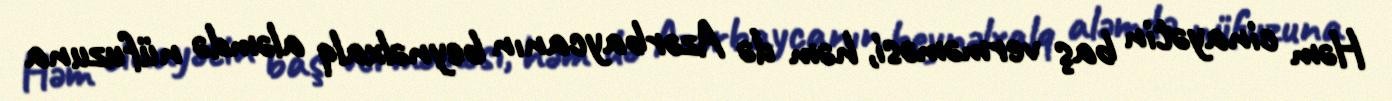
Həm cinayətin baş verməməsi, həm də Azərbaycanın beynəlxalq aləmdə nüfuzuna